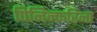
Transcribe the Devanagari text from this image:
पिनिन्फरिना